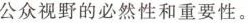
公众视野的必然性和重要性。